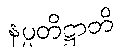
နပ္ပတိဋ္ဌာတိ